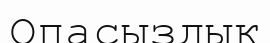
Опасыздық